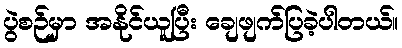
ပွဲစဉ်မှာ အနိုင်ယူပြီး ချေဖျက်ပြခဲ့ပါတယ်။